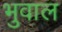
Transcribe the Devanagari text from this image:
भुवाल